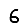
Digit: 6